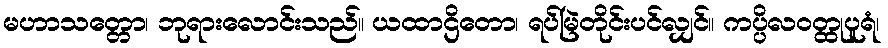
မဟာသတ္တော၊ ဘုရားလောင်းသည်။ ယထာဌိတော၊ ရပ်မြဲတိုင်းပင်လျှင်။ ကပ္ပိလဝတ္ထုပူရံ၊